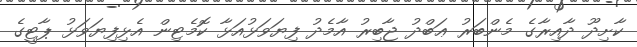
ކާށިދޫ ދާއިރާގެ މެންބަރު ޢަބްދު ޖާބިރު އާމެދު ފިޔަވަޅުއަޅާ ކޮމެޓިން އެޅިފިޔަވަޅު ޕާޓީގެ